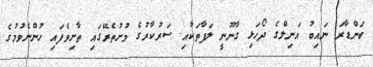
ބަންޑާރަ ނައިބު އަނިލްގެ ދޯހަޅި ގާނޫނީ ލަފާތަކާއި ސަރުކާރުގެ މުށުތެރޭގައި ތާށިވެފައި ހުންނެވުމުގެ